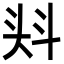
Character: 𭑎